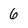
Character: 6